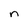
Character: n